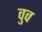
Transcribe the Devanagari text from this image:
वुव